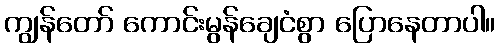
ကျွန်တော် ကောင်းမွန်ချေငံစွာ ပြောနေတာပါ။